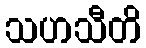
သဟသီတိ